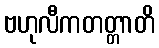
ဗဟုလီကတတ္တာတိ